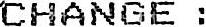
CHANGE :